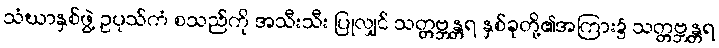
သံဃာနှစ်ဖွဲ့ ဥပုသ်ကံ စသည်ကို အသီးသီး ပြုလျှင် သတ္တဗ္ဘန္တရ နှစ်ခုတို့၏အကြား၌ သတ္တဗ္ဘန္တရ